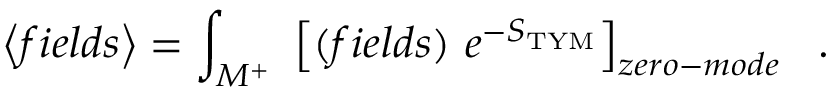
\left< f i e l d s \right> = \int _ { M ^ { + } } \ \left[ ( f i e l d s ) \ e ^ { - S _ { \mathrm { T Y M } } } \right] _ { z e r o - m o d e } \ \ .